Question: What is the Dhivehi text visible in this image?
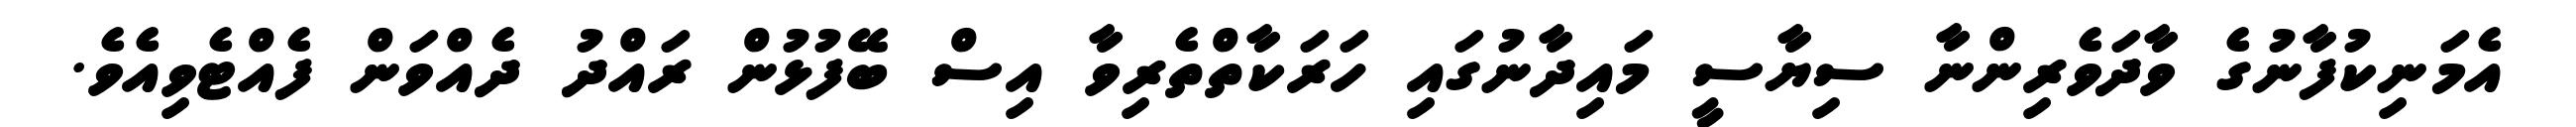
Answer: އެމަނިކުފާނުގެ ވާދަވެރިންނާ ސިޔާސީ މައިދާނުގައި ހަރަކާތްތެރިވާ އިސް ބޭފުޅުން ރައްދު ދެއްވަން ފެއްޓެވިއެވެ.